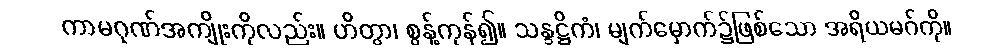
ကာမဂုဏ်အကျိုးကိုလည်း။ ဟိတွာ၊ စွန့်ကုန်၍။ သန္ဒဋ္ဌိကံ၊ မျက်မှောက်၌ဖြစ်သော အရိယမဂ်ကို။